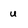
Character: u